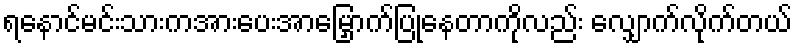
ရနောင်မင်းသားကအားပေးအာမြှောက်ပြုနေတာကိုလည်း လျှောက်လိုက်တယ်